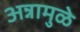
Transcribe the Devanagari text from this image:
अन्नामुळे